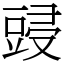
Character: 䜷